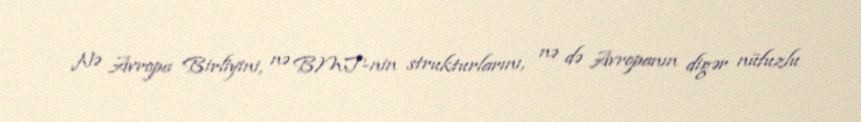
Nə Avropa Birliyini, nə BMT-nin strukturlarını, nə də Avropanın digər nüfuzlu